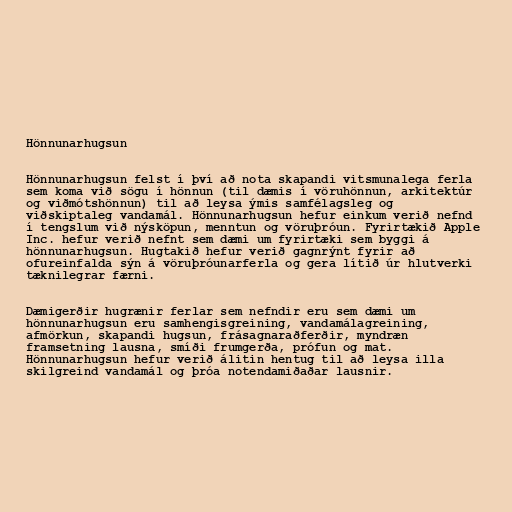
Hönnunarhugsun

Hönnunarhugsun felst í því að nota skapandi vitsmunalega ferla
sem koma við sögu í hönnun (til dæmis í vöruhönnun, arkitektúr
og viðmótshönnun) til að leysa ýmis samfélagsleg og
viðskiptaleg vandamál. Hönnunarhugsun hefur einkum verið nefnd
í tengslum við nýsköpun, menntun og vöruþróun. Fyrirtækið Apple
Inc. hefur verið nefnt sem dæmi um fyrirtæki sem byggi á
hönnunarhugsun. Hugtakið hefur verið gagnrýnt fyrir að
ofureinfalda sýn á vöruþróunarferla og gera lítið úr hlutverki
tæknilegrar færni.

Dæmigerðir hugrænir ferlar sem nefndir eru sem dæmi um
hönnunarhugsun eru samhengisgreining, vandamálagreining,
afmörkun, skapandi hugsun, frásagnaraðferðir, myndræn
framsetning lausna, smíði frumgerða, prófun og mat.
Hönnunarhugsun hefur verið álitin hentug til að leysa illa
skilgreind vandamál og þróa notendamiðaðar lausnir.